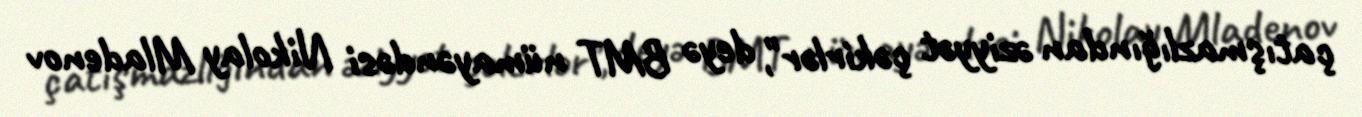
çatışmazlığından əziyyət çəkirlər", deyə BMT nümayəndəsi Nikolay Mladenov